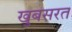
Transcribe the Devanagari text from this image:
खुबसरत